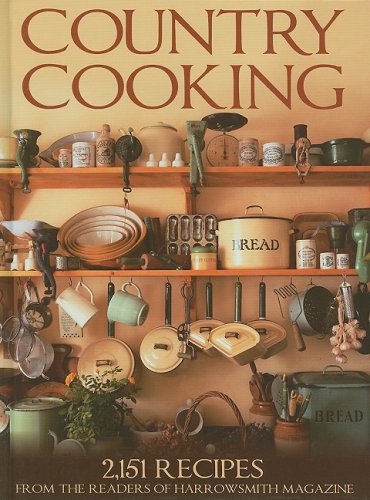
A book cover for Country Cooking: 2,151 Recipes from the Readers of Harrowsmith Magazine; Cookbooks, Food & Wine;